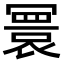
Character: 𫤻